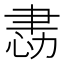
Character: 𢙻